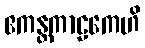
ဧကန္တကာဠကေဟိ